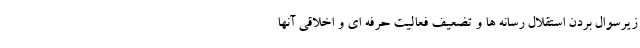
زیرسوال بردن استقلال رسانه ها و تضعیف فعالیت حرفه ای و اخلاقی آنها